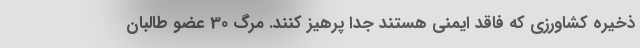
ذخیره کشاورزی که فاقد ایمنی هستند جدا پرهیز کنند. مرگ 30 عضو طالبان